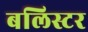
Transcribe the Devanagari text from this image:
बलिस्टर